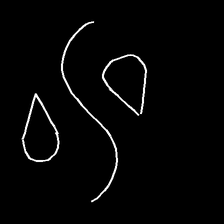
Glyph: water